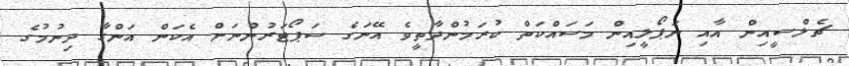
ޗެލްސީއިން އާއި ނަޕޯލީއިން މަސައްކަތް ކުރަމުންދާތީވެ އޭނަގެ ސަޕޯޓަރުންނަށް އެކަން އަންގާ ދިނުމުގެ